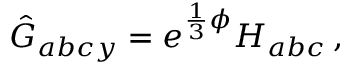
\hat { G } _ { a b c y } = e ^ { \frac { 1 } { 3 } \phi } H _ { a b c } \, ,